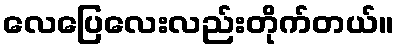
လေပြေလေးလည်းတိုက်တယ်။